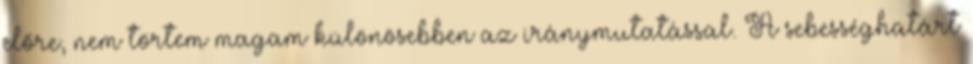
előre, nem törtem magam különösebben az iránymutatással. A sebességhatárt